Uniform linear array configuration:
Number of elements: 4
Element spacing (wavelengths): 0.75
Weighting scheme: uniform
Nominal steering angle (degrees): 15
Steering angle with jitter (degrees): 15.705
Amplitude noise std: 0.05
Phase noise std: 0.05

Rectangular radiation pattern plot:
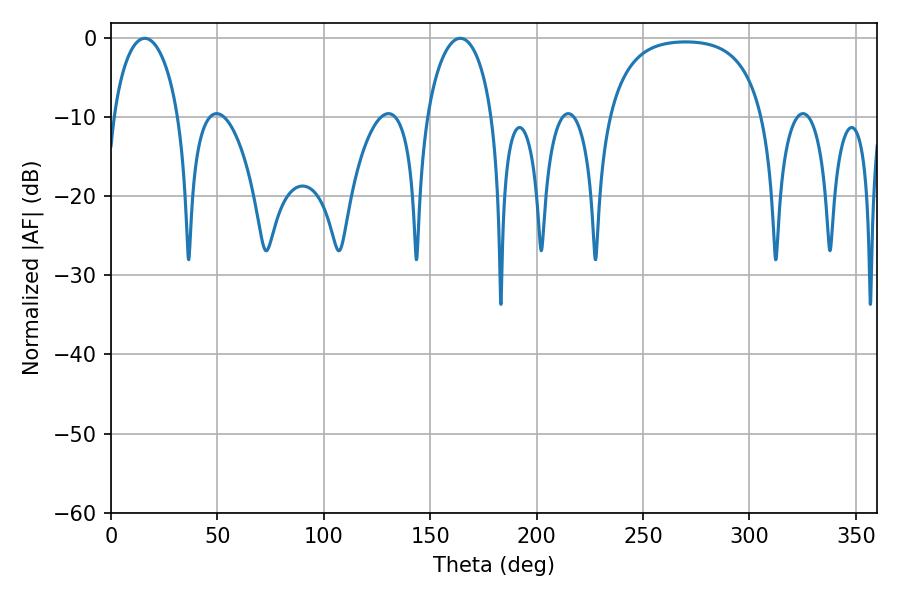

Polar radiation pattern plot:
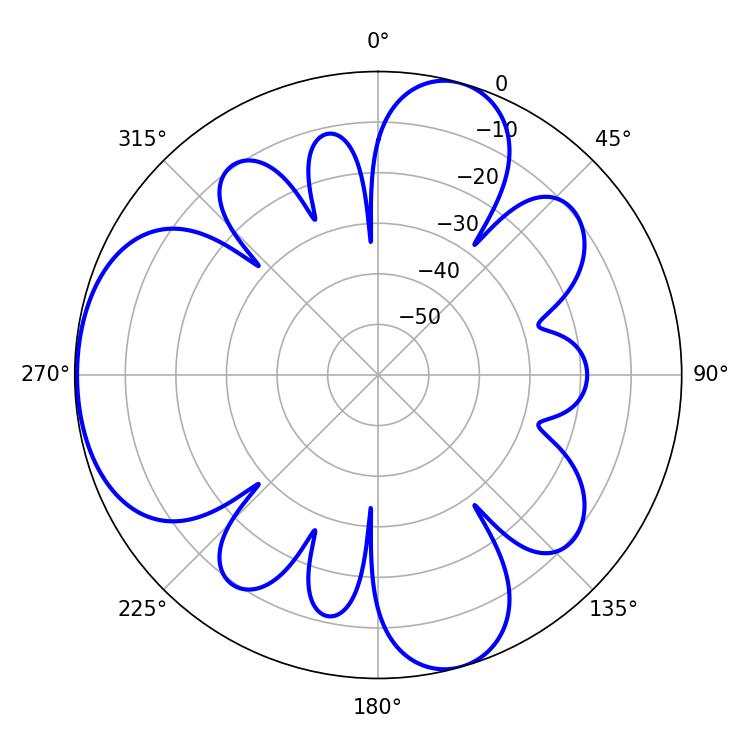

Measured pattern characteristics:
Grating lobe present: TRUE
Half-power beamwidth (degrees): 17.64
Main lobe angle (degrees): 15.84